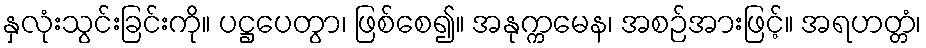
နှလုံးသွင်းခြင်းကို။ ပဋ္ဌပေတွာ၊ ဖြစ်စေ၍။ အနုက္ကမေန၊ အစဉ်အားဖြင့်။ အရဟတ္တံ၊